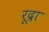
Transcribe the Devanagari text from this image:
रूद्रा